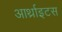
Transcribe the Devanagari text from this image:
आर्थ्राइटस